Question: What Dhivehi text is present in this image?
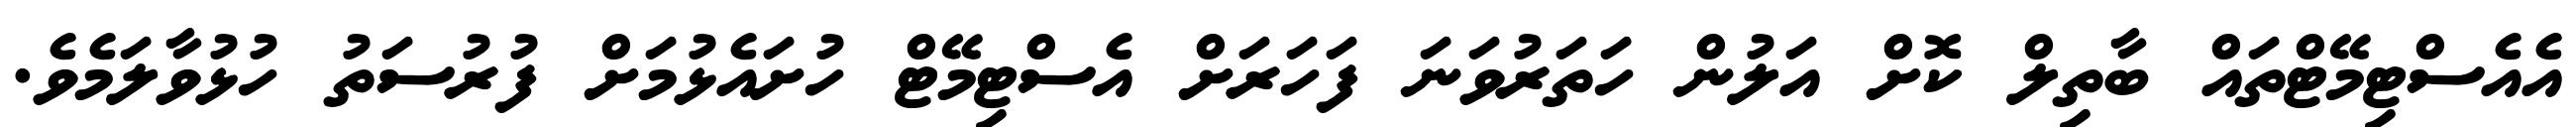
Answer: އެއެސްޓިމޭޓްތައް ބާތިލް ކޮށް އަލުން ހަތަރުވަނަ ފަހަރަށް އެސްޓިމޭޓް ހުށައެޅުމަށް ފުރުސަތު ހުޅުވާލަމެވެ.